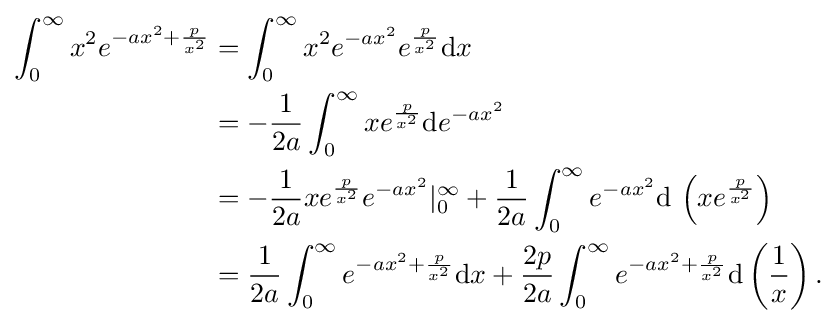
{\begin{aligned}\int _{0}^{\infty }x^{2}e^{-ax^{2}+{\frac {p}{x^{2}}}}&=\int _{0}^{\infty }x^{2}e^{-ax^{2}}e^{\frac {p}{x^{2}}}{\mathrm {d} }x\\&=-{\frac {1}{2a}}\int _{0}^{\infty }xe^{\frac {p}{x^{2}}}{\mathrm {d} }e^{-ax^{2}}\\&=-{\frac {1}{2a}}xe^{\frac {p}{x^{2}}}e^{-ax^{2}}|_{0}^{\infty }+{\frac {1}{2a}}\int _{0}^{\infty }e^{-ax^{2}}{\mathrm {d} }\,\left(xe^{\frac {p}{x^{2}}}\right)\\&={\frac {1}{2a}}\int _{0}^{\infty }e^{-ax^{2}+{\frac {p}{x^{2}}}}{\mathrm {d} }x+{\frac {2p}{2a}}\int _{0}^{\infty }e^{-ax^{2}+{\frac {p}{x^{2}}}}{\mathrm {d} }\left({\frac {1}{x}}\right).\end{aligned}}